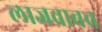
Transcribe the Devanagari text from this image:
लाजवाबच